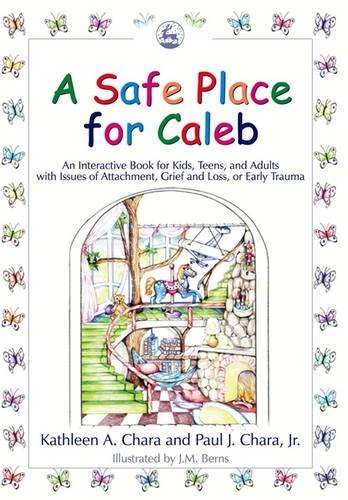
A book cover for A Safe Place for Caleb: An Interactive Book for Kids, Teens and Adults with Issues of Attachment, Grief, Loss or Early Trauma; Kathleen A. Chara; Politics & Social Sciences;